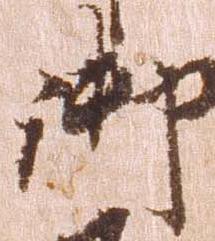
御